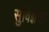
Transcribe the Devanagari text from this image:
सुविज्ञचा